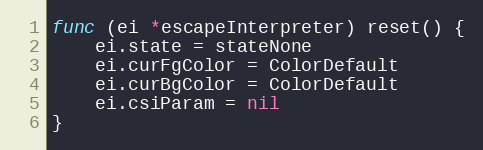
Language: Go
func (ei *escapeInterpreter) reset() {
	ei.state = stateNone
	ei.curFgColor = ColorDefault
	ei.curBgColor = ColorDefault
	ei.csiParam = nil
}